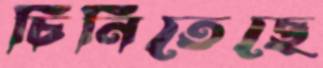
চিনিতেছে